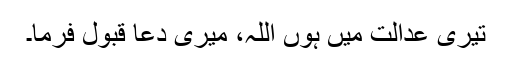
تیری عدالت میں ہوں اللہ، میری دعا قبول فرما۔